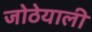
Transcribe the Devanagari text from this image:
जोठेयाली